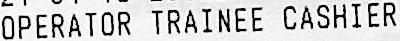
OPERATOR TRAINEE CASHIER